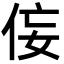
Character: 侫